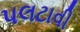
પલટાવી